Annual report of the Imperial Bacteriologist
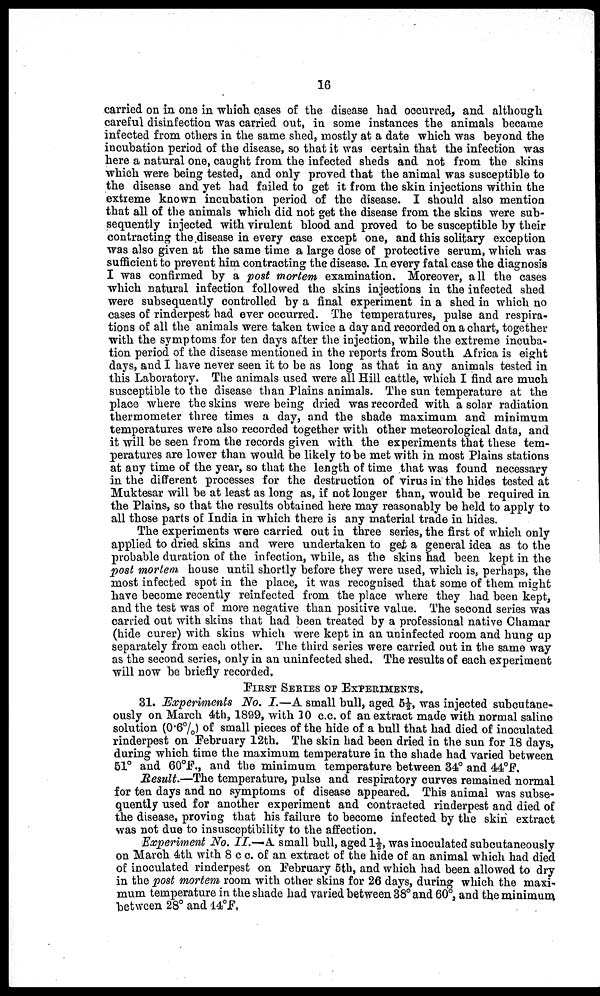
16
carried on in one in which cases of the disease had occurred, and although
careful disinfection was carried out, in some instances the animals became
infected from others in the same shed, mostly at a date which was beyond the
incubation period of the disease, so that it was certain that the infection was
here a natural one, caught from the infected sheds and not from the skins
which were being tested, and only proved that the animal was susceptible to
the disease and yet had failed to get it from the skin injections within the
extreme known incubation period of the disease. I should also mention
that all of the animals which did not get the disease from the skins were sub-
sequently injected with virulent blood and proved to be susceptible by their
contracting the disease in every case except one, and this solitary exception
was also given at the same time a large dose of protective serum, which was
sufficient to prevent him contracting the disease. In every fatal case the diagnosis
I was confirmed by a post mortem examination. Moreover, all the cases
which natural infection followed the skins injections in the infected shed
were subsequently controlled by a final experiment in a shed in which no
cases of rinderpest had ever occurred. The temperatures, pulse and respira-
tions of all the animals were taken twice a day and recorded on a chart, together
with the symptoms for ten days after the injection, while the extreme incuba-
tion period of the disease mentioned in the reports from South Africa is eight
days, and I have never seen it to be as long as that in any animals tested in
this Laboratory. The animals used were all Hill cattle, which I find are much
susceptible to the disease than Plains animals. The sun temperature at the
place where the skins were being dried was recorded with a solar radiation
thermometer three times a day, and the shade maximum and minimum
temperatures were also recorded together with other meteorological data, and
it will be seen from the records given with the experiments that these tem-
peratures are lower than would be likely to be met with in most Plains stations
at any time of the year, so that the length of time that was found necessary
in the different processes for the destruction of virus in the hides tested at
Muktesar will be at least as long as, if not longer than, would be required in
the Plains, so that the results obtained here may reasonably be held to apply to
all those parts of India in which there is any material trade in hides.
The experiments were carried out in three series, the first of which only
applied to dried skins and were undertaken to get a general idea as to the
probable duration of the infection, while, as the skins had been kept in the
post mortem house until shortly before they were used, which is, perhaps, the
most infected spot in the place, it was recognised that some of them might
have become recently reinfected from the place where they had been kept,
and the test was of more negative than positive value. The second series was
carried out with skins that had been treated by a professional native Chamar
(hide curer) with skins which were kept in an uninfected room and hung up
separately from each other. The third series were carried out in the same way
as the second series, only in an uninfected shed. The results of each experiment
will now be briefly recorded.
FIRST SERIES OF EXPERIMENTS.
31. Experiments No. I.—A small bull, aged 5½, was injected subcutane¬
ously on March 4th, 1899, with 10 c.c. of an extract made with normal saline
solution (0.6%) of small pieces of the hide of a bull that had died of inoculated
rinderpest on February 12th. The skin had been dried in the sun for 18 days,
during which time the maximum temperature in the shade had varied between
51° and 60°F., and the minimum temperature between 34° and 44°F.
Result.—The temperature, pulse and respiratory curves remained normal
for ten days and no symptoms of disease appeared. This animal was subse-
quently used for another experiment and contracted rinderpest and died of
the disease, proving that his failure to become infected by the skin extract
was not due to insusceptibility to the affection.
Experiment No. II.—A small bull, aged 1½, was inoculated subcutaneously
on March 4th with 8 c c. of an extract of the hide of an animal which had died
of inoculated rinderpest on February 5th, and which had been allowed to dry
in the post mortem room with other skins for 26 days, during which the maxi-
mum temperature in the shade had varied between 38° and 60°, and the minimum
between 28° and 44°F.